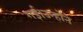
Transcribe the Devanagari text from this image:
गई।उन्होंने